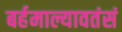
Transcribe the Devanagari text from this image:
बर्हमाल्यावतंसं